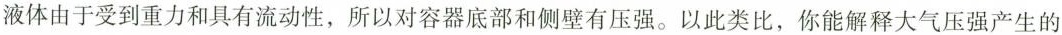
液体由于受到重力和具有流动性，所以对容器底部和侧壁有压强。以此类比，你能解释大气压强产生的